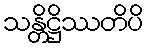
သန္တိဋ္ဌိဿတိပိ